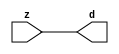

//------> ./rtl_mgc_ioport.v 
//------------------------------------------------------------------
//                M G C _ I O P O R T _ C O M P S
//------------------------------------------------------------------

//------------------------------------------------------------------
//                       M O D U L E S
//------------------------------------------------------------------

//------------------------------------------------------------------
//-- INPUT ENTITIES
//------------------------------------------------------------------

module mgc_in_wire (d, z);

  parameter integer rscid = 1;
  parameter integer width = 8;

  output [width-1:0] d;
  input  [width-1:0] z;

  wire   [width-1:0] d;

  assign d = z;

endmodule

//------------------------------------------------------------------

module mgc_in_wire_en (ld, d, lz, z);

  parameter integer rscid = 1;
  parameter integer width = 8;

  input              ld;
  output [width-1:0] d;
  output             lz;
  input  [width-1:0] z;

  wire   [width-1:0] d;
  wire               lz;

  assign d = z;
  assign lz = ld;

endmodule

//------------------------------------------------------------------

module mgc_in_wire_wait (ld, vd, d, lz, vz, z);

  parameter integer rscid = 1;
  parameter integer width = 8;

  input              ld;
  output             vd;
  output [width-1:0] d;
  output             lz;
  input              vz;
  input  [width-1:0] z;

  wire               vd;
  wire   [width-1:0] d;
  wire               lz;

  assign d = z;
  assign lz = ld;
  assign vd = vz;

endmodule
//------------------------------------------------------------------

module mgc_chan_in (ld, vd, d, lz, vz, z, size, req_size, sizez, sizelz);

  parameter integer rscid = 1;
  parameter integer width = 8;
  parameter integer sz_width = 8;

  input              ld;
  output             vd;
  output [width-1:0] d;
  output             lz;
  input              vz;
  input  [width-1:0] z;
  output [sz_width-1:0] size;
  input              req_size;
  input  [sz_width-1:0] sizez;
  output             sizelz;


  wire               vd;
  wire   [width-1:0] d;
  wire               lz;
  wire   [sz_width-1:0] size;
  wire               sizelz;

  assign d = z;
  assign lz = ld;
  assign vd = vz;
  assign size = sizez;
  assign sizelz = req_size;

endmodule


//------------------------------------------------------------------
//-- OUTPUT ENTITIES
//------------------------------------------------------------------

module mgc_out_stdreg (d, z);

  parameter integer rscid = 1;
  parameter integer width = 8;

  input    [width-1:0] d;
  output   [width-1:0] z;

  wire     [width-1:0] z;

  assign z = d;

endmodule

//------------------------------------------------------------------

module mgc_out_stdreg_en (ld, d, lz, z);

  parameter integer rscid = 1;
  parameter integer width = 8;

  input              ld;
  input  [width-1:0] d;
  output             lz;
  output [width-1:0] z;

  wire               lz;
  wire   [width-1:0] z;

  assign z = d;
  assign lz = ld;

endmodule

//------------------------------------------------------------------

module mgc_out_stdreg_wait (ld, vd, d, lz, vz, z);

  parameter integer rscid = 1;
  parameter integer width = 8;

  input              ld;
  output             vd;
  input  [width-1:0] d;
  output             lz;
  input              vz;
  output [width-1:0] z;

  wire               vd;
  wire               lz;
  wire   [width-1:0] z;

  assign z = d;
  assign lz = ld;
  assign vd = vz;

endmodule

//------------------------------------------------------------------

module mgc_out_prereg_en (ld, d, lz, z);

    parameter integer rscid = 1;
    parameter integer width = 8;

    input              ld;
    input  [width-1:0] d;
    output             lz;
    output [width-1:0] z;

    wire               lz;
    wire   [width-1:0] z;

    assign z = d;
    assign lz = ld;

endmodule

//------------------------------------------------------------------
//-- INOUT ENTITIES
//------------------------------------------------------------------

module mgc_inout_stdreg_en (ldin, din, ldout, dout, lzin, lzout, z);

    parameter integer rscid = 1;
    parameter integer width = 8;

    input              ldin;
    output [width-1:0] din;
    input              ldout;
    input  [width-1:0] dout;
    output             lzin;
    output             lzout;
    inout  [width-1:0] z;

    wire   [width-1:0] din;
    wire               lzin;
    wire               lzout;
    wire   [width-1:0] z;

    assign lzin = ldin;
    assign din = ldin ? z : {width{1'bz}};
    assign lzout = ldout;
    assign z = ldout ? dout : {width{1'bz}};

endmodule

//------------------------------------------------------------------
module hid_tribuf( I_SIG, ENABLE, O_SIG);
  parameter integer width = 8;

  input [width-1:0] I_SIG;
  input ENABLE;
  inout [width-1:0] O_SIG;

  assign O_SIG = (ENABLE) ? I_SIG : { width{1'bz}};

endmodule
//------------------------------------------------------------------

module mgc_inout_stdreg_wait (ldin, vdin, din, ldout, vdout, dout, lzin, vzin, lzout, vzout, z);

    parameter integer rscid = 1;
    parameter integer width = 8;

    input              ldin;
    output             vdin;
    output [width-1:0] din;
    input              ldout;
    output             vdout;
    input  [width-1:0] dout;
    output             lzin;
    input              vzin;
    output             lzout;
    input              vzout;
    inout  [width-1:0] z;

    wire               vdin;
    wire   [width-1:0] din;
    wire               vdout;
    wire               lzin;
    wire               lzout;
    wire   [width-1:0] z;
    wire   ldout_and_vzout;

    assign lzin = ldin;
    assign vdin = vzin;
    assign din = ldin ? z : {width{1'bz}};
    assign lzout = ldout;
    assign vdout = vzout ;
    assign ldout_and_vzout = ldout && vzout ;

    hid_tribuf #(width) tb( .I_SIG(dout),
                            .ENABLE(ldout_and_vzout),
                            .O_SIG(z) );

endmodule

//------------------------------------------------------------------

module mgc_inout_buf_wait (clk, en, arst, srst, ldin, vdin, din, ldout, vdout, dout, lzin, vzin, lzout, vzout, z);

    parameter integer rscid   = 0; // resource ID
    parameter integer width   = 8; // fifo width
    parameter         ph_clk  =  1'b1; // clock polarity 1=rising edge, 0=falling edge
    parameter         ph_en   =  1'b1; // clock enable polarity
    parameter         ph_arst =  1'b1; // async reset polarity
    parameter         ph_srst =  1'b1; // sync reset polarity

    input              clk;
    input              en;
    input              arst;
    input              srst;
    input              ldin;
    output             vdin;
    output [width-1:0] din;
    input              ldout;
    output             vdout;
    input  [width-1:0] dout;
    output             lzin;
    input              vzin;
    output             lzout;
    input              vzout;
    inout  [width-1:0] z;

    wire               lzout_buf;
    wire               vzout_buf;
    wire   [width-1:0] z_buf;
    wire               vdin;
    wire   [width-1:0] din;
    wire               vdout;
    wire               lzin;
    wire               lzout;
    wire   [width-1:0] z;

    assign lzin = ldin;
    assign vdin = vzin;
    assign din = ldin ? z : {width{1'bz}};
    assign lzout = lzout_buf & ~ldin;
    assign vzout_buf = vzout & ~ldin;
    hid_tribuf #(width) tb( .I_SIG(z_buf),
                            .ENABLE((lzout_buf && (!ldin) && vzout) ),
                            .O_SIG(z)  );

    mgc_out_buf_wait
    #(
        .rscid   (rscid),
        .width   (width),
        .ph_clk  (ph_clk),
        .ph_en   (ph_en),
        .ph_arst (ph_arst),
        .ph_srst (ph_srst)
    )
    BUFF
    (
        .clk     (clk),
        .en      (en),
        .arst    (arst),
        .srst    (srst),
        .ld      (ldout),
        .vd      (vdout),
        .d       (dout),
        .lz      (lzout_buf),
        .vz      (vzout_buf),
        .z       (z_buf)
    );


endmodule

module mgc_inout_fifo_wait (clk, en, arst, srst, ldin, vdin, din, ldout, vdout, dout, lzin, vzin, lzout, vzout, z);

    parameter integer rscid   = 0; // resource ID
    parameter integer width   = 8; // fifo width
    parameter integer fifo_sz = 8; // fifo depth
    parameter         ph_clk  = 1'b1;  // clock polarity 1=rising edge, 0=falling edge
    parameter         ph_en   = 1'b1;  // clock enable polarity
    parameter         ph_arst = 1'b1;  // async reset polarity
    parameter         ph_srst = 1'b1;  // sync reset polarity
    parameter integer ph_log2 = 3;     // log2(fifo_sz)
    parameter integer pwropt  = 0;     // pwropt

    input              clk;
    input              en;
    input              arst;
    input              srst;
    input              ldin;
    output             vdin;
    output [width-1:0] din;
    input              ldout;
    output             vdout;
    input  [width-1:0] dout;
    output             lzin;
    input              vzin;
    output             lzout;
    input              vzout;
    inout  [width-1:0] z;

    wire               lzout_buf;
    wire               vzout_buf;
    wire   [width-1:0] z_buf;
    wire               comb;
    wire               vdin;
    wire   [width-1:0] din;
    wire               vdout;
    wire               lzin;
    wire               lzout;
    wire   [width-1:0] z;

    assign lzin = ldin;
    assign vdin = vzin;
    assign din = ldin ? z : {width{1'bz}};
    assign lzout = lzout_buf & ~ldin;
    assign vzout_buf = vzout & ~ldin;
    assign comb = (lzout_buf && (!ldin) && vzout);

    hid_tribuf #(width) tb2( .I_SIG(z_buf), .ENABLE(comb), .O_SIG(z)  );

    mgc_out_fifo_wait
    #(
        .rscid   (rscid),
        .width   (width),
        .fifo_sz (fifo_sz),
        .ph_clk  (ph_clk),
        .ph_en   (ph_en),
        .ph_arst (ph_arst),
        .ph_srst (ph_srst),
        .ph_log2 (ph_log2),
        .pwropt  (pwropt)
    )
    FIFO
    (
        .clk   (clk),
        .en      (en),
        .arst    (arst),
        .srst    (srst),
        .ld      (ldout),
        .vd      (vdout),
        .d       (dout),
        .lz      (lzout_buf),
        .vz      (vzout_buf),
        .z       (z_buf)
    );

endmodule

//------------------------------------------------------------------
//-- I/O SYNCHRONIZATION ENTITIES
//------------------------------------------------------------------

module mgc_io_sync (ld, lz);

    input  ld;
    output lz;

    assign lz = ld;

endmodule

module mgc_bsync_rdy (rd, rz);

    parameter integer rscid   = 0; // resource ID
    parameter ready = 1;
    parameter valid = 0;

    input  rd;
    output rz;

    wire   rz;

    assign rz = rd;

endmodule

module mgc_bsync_vld (vd, vz);

    parameter integer rscid   = 0; // resource ID
    parameter ready = 0;
    parameter valid = 1;

    output vd;
    input  vz;

    wire   vd;

    assign vd = vz;

endmodule

module mgc_bsync_rv (rd, vd, rz, vz);

    parameter integer rscid   = 0; // resource ID
    parameter ready = 1;
    parameter valid = 1;

    input  rd;
    output vd;
    output rz;
    input  vz;

    wire   vd;
    wire   rz;

    assign rz = rd;
    assign vd = vz;

endmodule

//------------------------------------------------------------------

module mgc_sync (ldin, vdin, ldout, vdout);

  input  ldin;
  output vdin;
  input  ldout;
  output vdout;

  wire   vdin;
  wire   vdout;

  assign vdin = ldout;
  assign vdout = ldin;

endmodule

///////////////////////////////////////////////////////////////////////////////
// dummy function used to preserve funccalls for modulario
// it looks like a memory read to the caller
///////////////////////////////////////////////////////////////////////////////
module funccall_inout (d, ad, bd, z, az, bz);

  parameter integer ram_id = 1;
  parameter integer width = 8;
  parameter integer addr_width = 8;

  output [width-1:0]       d;
  input  [addr_width-1:0]  ad;
  input                    bd;
  input  [width-1:0]       z;
  output [addr_width-1:0]  az;
  output                   bz;

  wire   [width-1:0]       d;
  wire   [addr_width-1:0]  az;
  wire                     bz;

  assign d  = z;
  assign az = ad;
  assign bz = bd;

endmodule


///////////////////////////////////////////////////////////////////////////////
// inlinable modular io not otherwise found in mgc_ioport
///////////////////////////////////////////////////////////////////////////////

module modulario_en_in (vd, d, vz, z);

  parameter integer rscid = 1;
  parameter integer width = 8;

  output             vd;
  output [width-1:0] d;
  input              vz;
  input  [width-1:0] z;

  wire   [width-1:0] d;
  wire               vd;

  assign d = z;
  assign vd = vz;

endmodule

//------> ./rtl_mgc_ioport_v2001.v 
//------------------------------------------------------------------

module mgc_out_reg_pos (clk, en, arst, srst, ld, d, lz, z);

    parameter integer rscid   = 1;
    parameter integer width   = 8;
    parameter         ph_en   =  1'b1;
    parameter         ph_arst =  1'b1;
    parameter         ph_srst =  1'b1;

    input              clk;
    input              en;
    input              arst;
    input              srst;
    input              ld;
    input  [width-1:0] d;
    output             lz;
    output [width-1:0] z;

    reg                lz;
    reg    [width-1:0] z;

    generate
    if (ph_arst == 1'b0)
    begin: NEG_ARST
        always @(posedge clk or negedge arst)
        if (arst == 1'b0)
        begin: B1
            lz <= 1'b0;
            z  <= {width{1'b0}};
        end
        else if (srst == ph_srst)
        begin: B2
            lz <= 1'b0;
            z  <= {width{1'b0}};
        end
        else if (en == ph_en)
        begin: B3
            lz <= ld;
            z  <= (ld) ? d : z;
        end
    end
    else
    begin: POS_ARST
        always @(posedge clk or posedge arst)
        if (arst == 1'b1)
        begin: B1
            lz <= 1'b0;
            z  <= {width{1'b0}};
        end
        else if (srst == ph_srst)
        begin: B2
            lz <= 1'b0;
            z  <= {width{1'b0}};
        end
        else if (en == ph_en)
        begin: B3
            lz <= ld;
            z  <= (ld) ? d : z;
        end
    end
    endgenerate

endmodule

//------------------------------------------------------------------

module mgc_out_reg_neg (clk, en, arst, srst, ld, d, lz, z);

    parameter integer rscid   = 1;
    parameter integer width   = 8;
    parameter         ph_en   =  1'b1;
    parameter         ph_arst =  1'b1;
    parameter         ph_srst =  1'b1;

    input              clk;
    input              en;
    input              arst;
    input              srst;
    input              ld;
    input  [width-1:0] d;
    output             lz;
    output [width-1:0] z;

    reg                lz;
    reg    [width-1:0] z;

    generate
    if (ph_arst == 1'b0)
    begin: NEG_ARST
        always @(negedge clk or negedge arst)
        if (arst == 1'b0)
        begin: B1
            lz <= 1'b0;
            z  <= {width{1'b0}};
        end
        else if (srst == ph_srst)
        begin: B2
            lz <= 1'b0;
            z  <= {width{1'b0}};
        end
        else if (en == ph_en)
        begin: B3
            lz <= ld;
            z  <= (ld) ? d : z;
        end
    end
    else
    begin: POS_ARST
        always @(negedge clk or posedge arst)
        if (arst == 1'b1)
        begin: B1
            lz <= 1'b0;
            z  <= {width{1'b0}};
        end
        else if (srst == ph_srst)
        begin: B2
            lz <= 1'b0;
            z  <= {width{1'b0}};
        end
        else if (en == ph_en)
        begin: B3
            lz <= ld;
            z  <= (ld) ? d : z;
        end
    end
    endgenerate

endmodule

//------------------------------------------------------------------

module mgc_out_reg (clk, en, arst, srst, ld, d, lz, z); // Not Supported

    parameter integer rscid   = 1;
    parameter integer width   = 8;
    parameter         ph_clk  =  1'b1;
    parameter         ph_en   =  1'b1;
    parameter         ph_arst =  1'b1;
    parameter         ph_srst =  1'b1;

    input              clk;
    input              en;
    input              arst;
    input              srst;
    input              ld;
    input  [width-1:0] d;
    output             lz;
    output [width-1:0] z;


    generate
    if (ph_clk == 1'b0)
    begin: NEG_EDGE

        mgc_out_reg_neg
        #(
            .rscid   (rscid),
            .width   (width),
            .ph_en   (ph_en),
            .ph_arst (ph_arst),
            .ph_srst (ph_srst)
        )
        mgc_out_reg_neg_inst
        (
            .clk     (clk),
            .en      (en),
            .arst    (arst),
            .srst    (srst),
            .ld      (ld),
            .d       (d),
            .lz      (lz),
            .z       (z)
        );

    end
    else
    begin: POS_EDGE

        mgc_out_reg_pos
        #(
            .rscid   (rscid),
            .width   (width),
            .ph_en   (ph_en),
            .ph_arst (ph_arst),
            .ph_srst (ph_srst)
        )
        mgc_out_reg_pos_inst
        (
            .clk     (clk),
            .en      (en),
            .arst    (arst),
            .srst    (srst),
            .ld      (ld),
            .d       (d),
            .lz      (lz),
            .z       (z)
        );

    end
    endgenerate

endmodule




//------------------------------------------------------------------

module mgc_out_buf_wait (clk, en, arst, srst, ld, vd, d, vz, lz, z); // Not supported

    parameter integer rscid   = 1;
    parameter integer width   = 8;
    parameter         ph_clk  =  1'b1;
    parameter         ph_en   =  1'b1;
    parameter         ph_arst =  1'b1;
    parameter         ph_srst =  1'b1;

    input              clk;
    input              en;
    input              arst;
    input              srst;
    input              ld;
    output             vd;
    input  [width-1:0] d;
    output             lz;
    input              vz;
    output [width-1:0] z;

    wire               filled;
    wire               filled_next;
    wire   [width-1:0] abuf;
    wire               lbuf;


    assign filled_next = (filled & (~vz)) | (filled & ld) | (ld & (~vz));

    assign lbuf = ld & ~(filled ^ vz);

    assign vd = vz | ~filled;

    assign lz = ld | filled;

    assign z = (filled) ? abuf : d;

    wire dummy;
    wire dummy_bufreg_lz;

    // Output registers:
    mgc_out_reg
    #(
        .rscid   (rscid),
        .width   (1'b1),
        .ph_clk  (ph_clk),
        .ph_en   (ph_en),
        .ph_arst (ph_arst),
        .ph_srst (ph_srst)
    )
    STATREG
    (
        .clk     (clk),
        .en      (en),
        .arst    (arst),
        .srst    (srst),
        .ld      (filled_next),
        .d       (1'b0),       // input d is unused
        .lz      (filled),
        .z       (dummy)            // output z is unused
    );

    mgc_out_reg
    #(
        .rscid   (rscid),
        .width   (width),
        .ph_clk  (ph_clk),
        .ph_en   (ph_en),
        .ph_arst (ph_arst),
        .ph_srst (ph_srst)
    )
    BUFREG
    (
        .clk     (clk),
        .en      (en),
        .arst    (arst),
        .srst    (srst),
        .ld      (lbuf),
        .d       (d),
        .lz      (dummy_bufreg_lz),
        .z       (abuf)
    );

endmodule

//------------------------------------------------------------------

module mgc_out_fifo_wait (clk, en, arst, srst, ld, vd, d, lz, vz,  z);

    parameter integer rscid   = 0; // resource ID
    parameter integer width   = 8; // fifo width
    parameter integer fifo_sz = 8; // fifo depth
    parameter         ph_clk  = 1'b1; // clock polarity 1=rising edge, 0=falling edge
    parameter         ph_en   = 1'b1; // clock enable polarity
    parameter         ph_arst = 1'b1; // async reset polarity
    parameter         ph_srst = 1'b1; // sync reset polarity
    parameter integer ph_log2 = 3; // log2(fifo_sz)
    parameter integer pwropt  = 0; // pwropt


    input                 clk;
    input                 en;
    input                 arst;
    input                 srst;
    input                 ld;    // load data
    output                vd;    // fifo full active low
    input     [width-1:0] d;
    output                lz;    // fifo ready to send
    input                 vz;    // dest ready for data
    output    [width-1:0] z;

    wire    [31:0]      size;


      // Output registers:
 mgc_out_fifo_wait_core#(
        .rscid   (rscid),
        .width   (width),
        .sz_width (32),
        .fifo_sz (fifo_sz),
        .ph_clk  (ph_clk),
        .ph_en   (ph_en),
        .ph_arst (ph_arst),
        .ph_srst (ph_srst),
        .ph_log2 (ph_log2),
        .pwropt  (pwropt)
        ) CORE (
        .clk (clk),
        .en (en),
        .arst (arst),
        .srst (srst),
        .ld (ld),
        .vd (vd),
        .d (d),
        .lz (lz),
        .vz (vz),
        .z (z),
        .size (size)
        );

endmodule



module mgc_out_fifo_wait_core (clk, en, arst, srst, ld, vd, d, lz, vz,  z, size);

    parameter integer rscid   = 0; // resource ID
    parameter integer width   = 8; // fifo width
    parameter integer sz_width = 8; // size of port for elements in fifo
    parameter integer fifo_sz = 8; // fifo depth
    parameter         ph_clk  =  1'b1; // clock polarity 1=rising edge, 0=falling edge
    parameter         ph_en   =  1'b1; // clock enable polarity
    parameter         ph_arst =  1'b1; // async reset polarity
    parameter         ph_srst =  1'b1; // sync reset polarity
    parameter integer ph_log2 = 3; // log2(fifo_sz)
    parameter integer pwropt  = 0; // pwropt

   localparam integer  fifo_b = width * fifo_sz;

    input                 clk;
    input                 en;
    input                 arst;
    input                 srst;
    input                 ld;    // load data
    output                vd;    // fifo full active low
    input     [width-1:0] d;
    output                lz;    // fifo ready to send
    input                 vz;    // dest ready for data
    output    [width-1:0] z;
    output    [sz_width-1:0]      size;

    reg      [( (fifo_sz > 0) ? fifo_sz : 1)-1:0] stat_pre;
    wire     [( (fifo_sz > 0) ? fifo_sz : 1)-1:0] stat;
    reg      [( (fifo_b > 0) ? fifo_b : 1)-1:0] buff_pre;
    wire     [( (fifo_b > 0) ? fifo_b : 1)-1:0] buff;
    reg      [( (fifo_sz > 0) ? fifo_sz : 1)-1:0] en_l;
    reg      [(((fifo_sz > 0) ? fifo_sz : 1)-1)/8:0] en_l_s;

    reg       [width-1:0] buff_nxt;

    reg                   stat_nxt;
    reg                   stat_before;
    reg                   stat_after;
    reg                   en_l_var;

    integer               i;
    genvar                eni;

    wire [32:0]           size_t;
    reg [31:0]            count;
    reg [31:0]            count_t;
    reg [32:0]            n_elem;
// pragma translate_off
    reg [31:0]            peak;
// pragma translate_on

    wire [( (fifo_sz > 0) ? fifo_sz : 1)-1:0] dummy_statreg_lz;
    wire [( (fifo_b > 0) ? fifo_b : 1)-1:0] dummy_bufreg_lz;

    generate
    if ( fifo_sz > 0 )
    begin: FIFO_REG
      assign vd = vz | ~stat[0];
      assign lz = ld | stat[fifo_sz-1];
      assign size_t = (count - (vz && stat[fifo_sz-1])) + ld;
      assign size = size_t[sz_width-1:0];
      assign z = (stat[fifo_sz-1]) ? buff[fifo_b-1:width*(fifo_sz-1)] : d;

      always @(*)
      begin: FIFOPROC
        n_elem = 33'b0;
        for (i = fifo_sz-1; i >= 0; i = i - 1)
        begin
          if (i != 0)
            stat_before = stat[i-1];
          else
            stat_before = 1'b0;

          if (i != (fifo_sz-1))
            stat_after = stat[i+1];
          else
            stat_after = 1'b1;

          stat_nxt = stat_after &
                    (stat_before | (stat[i] & (~vz)) | (stat[i] & ld) | (ld & (~vz)));

          stat_pre[i] = stat_nxt;
          en_l_var = 1'b1;
          if (!stat_nxt)
            begin
              buff_nxt = {width{1'b0}};
              en_l_var = 1'b0;
            end
          else if (vz && stat_before)
            buff_nxt[0+:width] = buff[width*(i-1)+:width];
          else if (ld && !((vz && stat_before) || ((!vz) && stat[i])))
            buff_nxt = d;
          else
            begin
              if (pwropt == 0)
                buff_nxt[0+:width] = buff[width*i+:width];
              else
                buff_nxt = {width{1'b0}};
              en_l_var = 1'b0;
            end

          if (ph_en != 0)
            en_l[i] = en & en_l_var;
          else
            en_l[i] = en | ~en_l_var;

          buff_pre[width*i+:width] = buff_nxt[0+:width];

          if ((stat_after == 1'b1) && (stat[i] == 1'b0))
            n_elem = ($unsigned(fifo_sz) - 1) - i;
        end

        if (ph_en != 0)
          en_l_s[(((fifo_sz > 0) ? fifo_sz : 1)-1)/8] = 1'b1;
        else
          en_l_s[(((fifo_sz > 0) ? fifo_sz : 1)-1)/8] = 1'b0;

        for (i = fifo_sz-1; i >= 7; i = i - 1)
        begin
          if ((i%'d2) == 0)
          begin
            if (ph_en != 0)
              en_l_s[(i/8)-1] = en & (stat[i]|stat_pre[i-1]);
            else
              en_l_s[(i/8)-1] = en | ~(stat[i]|stat_pre[i-1]);
          end
        end

        if ( stat[fifo_sz-1] == 1'b0 )
          count_t = 32'b0;
        else if ( stat[0] == 1'b1 )
          count_t = { {(32-ph_log2){1'b0}}, fifo_sz};
        else
          count_t = n_elem[31:0];
        count = count_t;
// pragma translate_off
        if ( peak < count )
          peak = count;
// pragma translate_on
      end

      if (pwropt == 0)
      begin: NOCGFIFO
        // Output registers:
        mgc_out_reg
        #(
            .rscid   (rscid),
            .width   (fifo_sz),
            .ph_clk  (ph_clk),
            .ph_en   (ph_en),
            .ph_arst (ph_arst),
            .ph_srst (ph_srst)
        )
        STATREG
        (
            .clk     (clk),
            .en      (en),
            .arst    (arst),
            .srst    (srst),
            .ld      (1'b1),
            .d       (stat_pre),
            .lz      (dummy_statreg_lz[0]),
            .z       (stat)
        );
        mgc_out_reg
        #(
            .rscid   (rscid),
            .width   (fifo_b),
            .ph_clk  (ph_clk),
            .ph_en   (ph_en),
            .ph_arst (ph_arst),
            .ph_srst (ph_srst)
        )
        BUFREG
        (
            .clk     (clk),
            .en      (en),
            .arst    (arst),
            .srst    (srst),
            .ld      (1'b1),
            .d       (buff_pre),
            .lz      (dummy_bufreg_lz[0]),
            .z       (buff)
        );
      end
      else
      begin: CGFIFO
        // Output registers:
        if ( pwropt > 1)
        begin: CGSTATFIFO2
          for (eni = fifo_sz-1; eni >= 0; eni = eni - 1)
          begin: pwroptGEN1
            mgc_out_reg
            #(
              .rscid   (rscid),
              .width   (1),
              .ph_clk  (ph_clk),
              .ph_en   (ph_en),
              .ph_arst (ph_arst),
              .ph_srst (ph_srst)
            )
            STATREG
            (
              .clk     (clk),
              .en      (en_l_s[eni/8]),
              .arst    (arst),
              .srst    (srst),
              .ld      (1'b1),
              .d       (stat_pre[eni]),
              .lz      (dummy_statreg_lz[eni]),
              .z       (stat[eni])
            );
          end
        end
        else
        begin: CGSTATFIFO
          mgc_out_reg
          #(
            .rscid   (rscid),
            .width   (fifo_sz),
            .ph_clk  (ph_clk),
            .ph_en   (ph_en),
            .ph_arst (ph_arst),
            .ph_srst (ph_srst)
          )
          STATREG
          (
            .clk     (clk),
            .en      (en),
            .arst    (arst),
            .srst    (srst),
            .ld      (1'b1),
            .d       (stat_pre),
            .lz      (dummy_statreg_lz[0]),
            .z       (stat)
          );
        end
        for (eni = fifo_sz-1; eni >= 0; eni = eni - 1)
        begin: pwroptGEN2
          mgc_out_reg
          #(
            .rscid   (rscid),
            .width   (width),
            .ph_clk  (ph_clk),
            .ph_en   (ph_en),
            .ph_arst (ph_arst),
            .ph_srst (ph_srst)
          )
          BUFREG
          (
            .clk     (clk),
            .en      (en_l[eni]),
            .arst    (arst),
            .srst    (srst),
            .ld      (1'b1),
            .d       (buff_pre[width*eni+:width]),
            .lz      (dummy_bufreg_lz[eni]),
            .z       (buff[width*eni+:width])
          );
        end
      end
    end
    else
    begin: FEED_THRU
      assign vd = vz;
      assign lz = ld;
      assign z = d;
      assign size = ld && !vz;
    end
    endgenerate

endmodule

//------------------------------------------------------------------
//-- PIPE ENTITIES
//------------------------------------------------------------------
/*
 *
 *             _______________________________________________
 * WRITER    |                                               |          READER
 *           |           MGC_PIPE                            |
 *           |           __________________________          |
 *        --<| vdout  --<| vd ---------------  vz<|-----ldin<|---
 *           |           |      FIFO              |          |
 *        ---|>ldout  ---|>ld ---------------- lz |> ---vdin |>--
 *        ---|>dout -----|>d  ---------------- dz |> ----din |>--
 *           |           |________________________|          |
 *           |_______________________________________________|
 */
// two clock pipe
module mgc_pipe (clk, en, arst, srst, ldin, vdin, din, ldout, vdout, dout, size, req_size);

    parameter integer rscid   = 0; // resource ID
    parameter integer width   = 8; // fifo width
    parameter integer sz_width = 8; // width of size of elements in fifo
    parameter integer fifo_sz = 8; // fifo depth
    parameter integer log2_sz = 3; // log2(fifo_sz)
    parameter         ph_clk  = 1'b1;  // clock polarity 1=rising edge, 0=falling edge
    parameter         ph_en   = 1'b1;  // clock enable polarity
    parameter         ph_arst = 1'b1;  // async reset polarity
    parameter         ph_srst = 1'b1;  // sync reset polarity
    parameter integer pwropt  = 0; // pwropt

    input              clk;
    input              en;
    input              arst;
    input              srst;
    input              ldin;
    output             vdin;
    output [width-1:0] din;
    input              ldout;
    output             vdout;
    input  [width-1:0] dout;
    output [sz_width-1:0]      size;
    input              req_size;


    mgc_out_fifo_wait_core
    #(
        .rscid    (rscid),
        .width    (width),
        .sz_width (sz_width),
        .fifo_sz  (fifo_sz),
        .ph_clk   (ph_clk),
        .ph_en    (ph_en),
        .ph_arst  (ph_arst),
        .ph_srst  (ph_srst),
        .ph_log2  (log2_sz),
        .pwropt   (pwropt)
    )
    FIFO
    (
        .clk     (clk),
        .en      (en),
        .arst    (arst),
        .srst    (srst),
        .ld      (ldout),
        .vd      (vdout),
        .d       (dout),
        .lz      (vdin),
        .vz      (ldin),
        .z       (din),
        .size    (size)
    );

endmodule


//------> ./rtl.v 
// ----------------------------------------------------------------------
//  HLS HDL:        Verilog Netlister
//  HLS Version:    2011a.126 Production Release
//  HLS Date:       Wed Aug  8 00:52:07 PDT 2012
// 
//  Generated by:   nn1114@EEWS104A-002
//  Generated date: Wed May 13 16:06:20 2015
// ----------------------------------------------------------------------

// 
// ------------------------------------------------------------------
//  Design Unit:    value_to_pix_core
// ------------------------------------------------------------------


module value_to_pix_core (
  clk, en, arst_n, vin_rsc_mgc_in_wire_d, pixout_rsc_mgc_out_stdreg_d
);
  input clk;
  input en;
  input arst_n;
  input vin_rsc_mgc_in_wire_d;
  output [29:0] pixout_rsc_mgc_out_stdreg_d;


  // Interconnect Declarations
  reg reg_pixout_rsc_mgc_out_stdreg_d_reg;


  // Interconnect Declarations for Component Instantiations 
  assign pixout_rsc_mgc_out_stdreg_d = {{29{reg_pixout_rsc_mgc_out_stdreg_d_reg}},
      reg_pixout_rsc_mgc_out_stdreg_d_reg};
  always @(posedge clk or negedge arst_n) begin
    if ( ~ arst_n ) begin
      reg_pixout_rsc_mgc_out_stdreg_d_reg <= 1'b0;
    end
    else begin
      if ( en ) begin
        reg_pixout_rsc_mgc_out_stdreg_d_reg <= vin_rsc_mgc_in_wire_d;
      end
    end
  end
endmodule

// ------------------------------------------------------------------
//  Design Unit:    value_to_pix
//  Generated from file(s):
//    3) $PROJECT_HOME/value_to_pix.c
// ------------------------------------------------------------------


module value_to_pix (
  vin_rsc_z, pixout_rsc_z, clk, en, arst_n
);
  input vin_rsc_z;
  output [29:0] pixout_rsc_z;
  input clk;
  input en;
  input arst_n;


  // Interconnect Declarations
  wire vin_rsc_mgc_in_wire_d;
  wire [29:0] pixout_rsc_mgc_out_stdreg_d;


  // Interconnect Declarations for Component Instantiations 
  mgc_in_wire #(.rscid(1),
  .width(1)) vin_rsc_mgc_in_wire (
      .d(vin_rsc_mgc_in_wire_d),
      .z(vin_rsc_z)
    );
  mgc_out_stdreg #(.rscid(2),
  .width(30)) pixout_rsc_mgc_out_stdreg (
      .d(pixout_rsc_mgc_out_stdreg_d),
      .z(pixout_rsc_z)
    );
  value_to_pix_core value_to_pix_core_inst (
      .clk(clk),
      .en(en),
      .arst_n(arst_n),
      .vin_rsc_mgc_in_wire_d(vin_rsc_mgc_in_wire_d),
      .pixout_rsc_mgc_out_stdreg_d(pixout_rsc_mgc_out_stdreg_d)
    );
endmodule